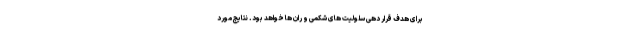
برای هدف قرار دهی سلولیت های شکمی و ران ها خواهد بود. نتایج مورد